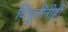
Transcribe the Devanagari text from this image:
विभूतींनीही